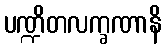
ပဏ္ဍိတလက္ခဏာနိ